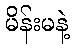
မိန်းမနဲ့